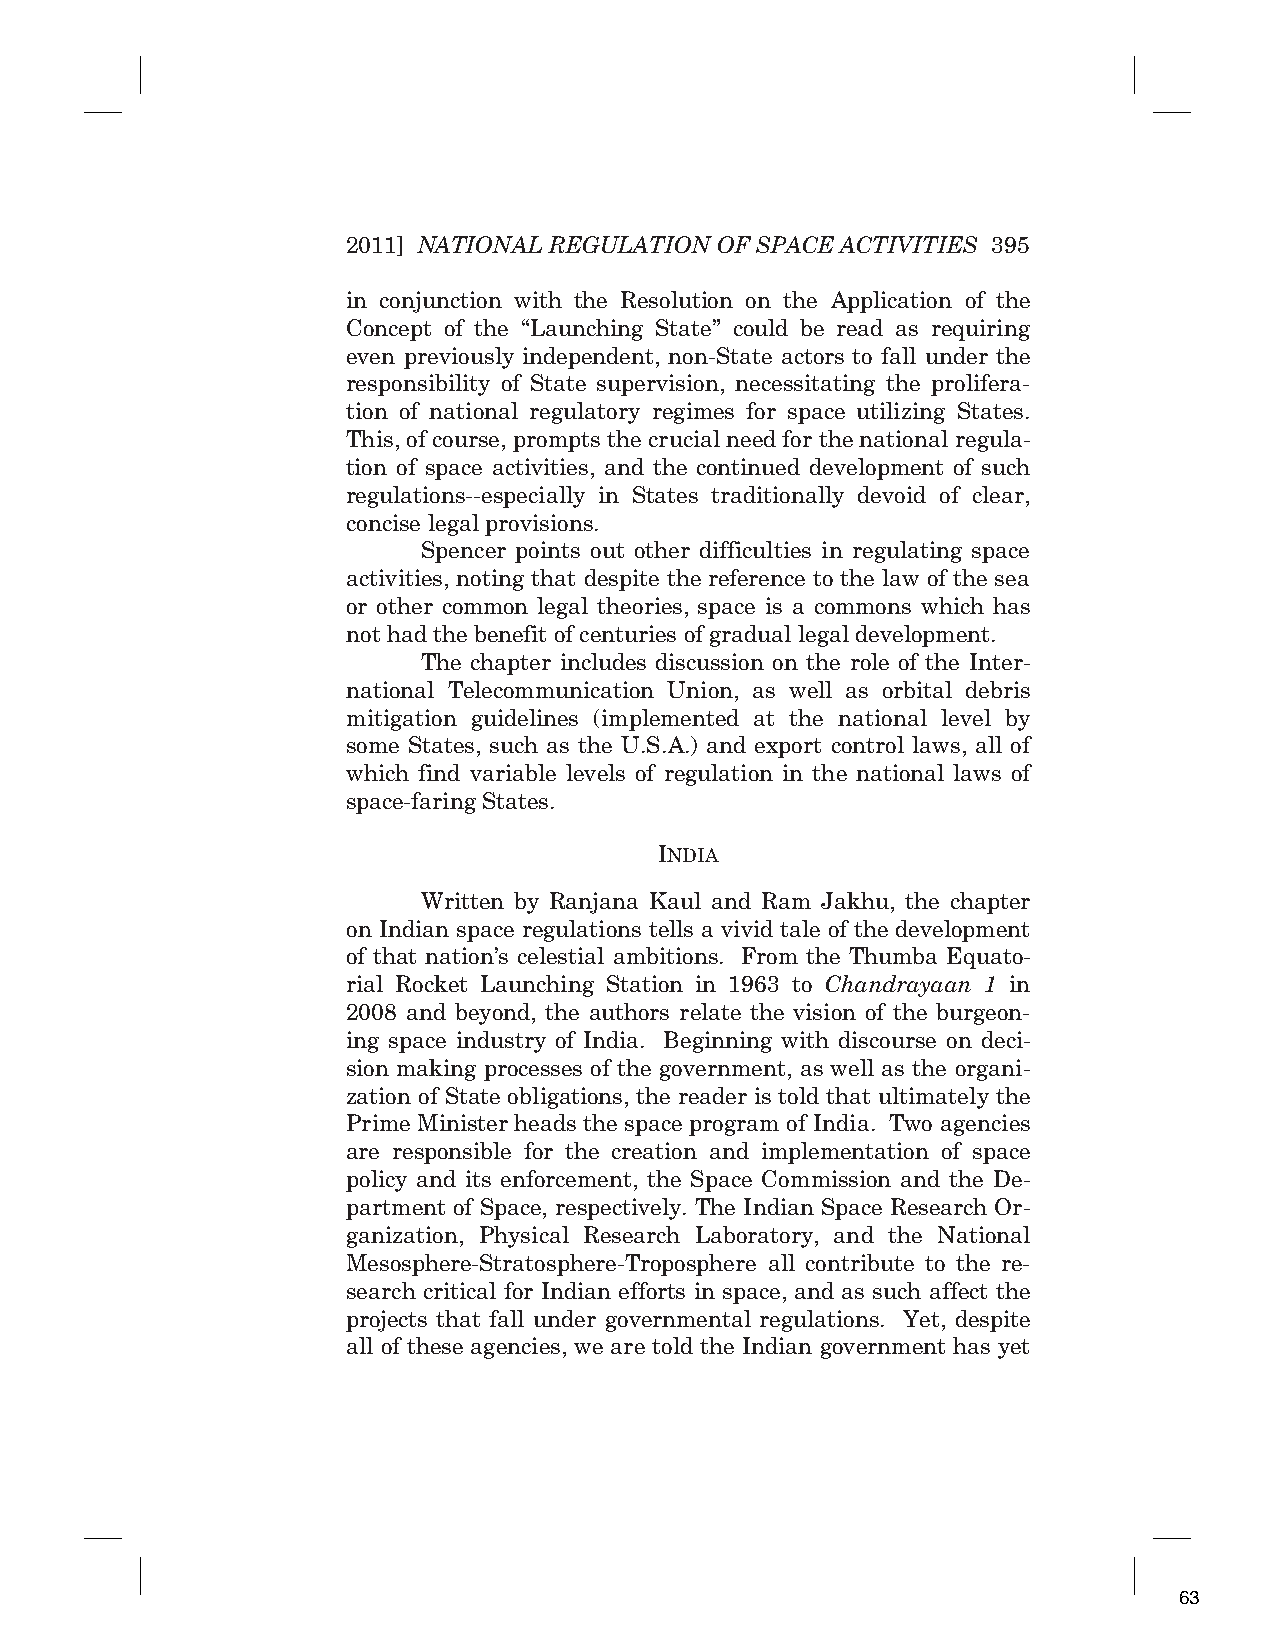
2011] NATIONAL REGULATION OF SPACE ACTIVITIES 395
 in conjunction with the Resolution on the Application of the
 Concept of the “Launching State” could be read as requiring
 even previously independent, non-State actors to fall under the
 responsibility of State supervision, necessitating the prolifera-
 tion of national regulatory regimes for space utilizing States.
 This, of course, prompts the crucial need for the national regula-
 tion of space activities, and the continued development of such
 regulations--especially in States traditionally devoid of clear,
 concise legal provisions.
 Spencer points out other difficulties in regulating space
 activities, noting that despite the reference to the law of the sea
 or other common legal theories, space is a commons which has
 not had the benefit of centuries of gradual legal development.
 The chapter includes discussion on the role of the Inter-
 national Telecommunication Union, as well as orbital debris
 mitigation guidelines (implemented at the national level by
 some States, such as the U.S.A.) and export control laws, all of
 which find variable levels of regulation in the national laws of
 space-faring States.
 INDIA
 Written by Ranjana Kaul and Ram Jakhu, the chapter
 on Indian space regulations tells a vivid tale of the development
 of that nation’s celestial ambitions. From the Thumba Equato-
 rial Rocket Launching Station in 1963 to Chandrayaan 1 in
 2008 and beyond, the authors relate the vision of the burgeon-
 ing space industry of India. Beginning with discourse on deci-
 sion making processes of the government, as well as the organi-
 zation of State obligations, the reader is told that ultimately the
 Prime Minister heads the space program of India. Two agencies
 are responsible for the creation and implementation of space
 policy and its enforcement, the Space Commission and the De-
 partment of Space, respectively. The Indian Space Research Or-
 ganization, Physical Research Laboratory, and the National
 Mesosphere-Stratosphere-Troposphere all contribute to the re-
 search critical for Indian efforts in space, and as such affect the
 projects that fall under governmental regulations. Yet, despite
 all of these agencies, we are told the Indian government has yet
 63